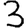
Digit: 3